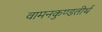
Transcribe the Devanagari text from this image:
वामनकुण्डतीर्थ